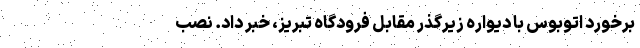
برخورد اتوبوس با دیواره زیرگذر مقابل فرودگاه تبریز، خبر داد. نصب